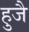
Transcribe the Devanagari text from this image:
हुजै